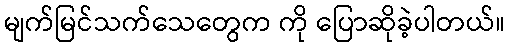
မျက်မြင်သက်သေတွေက ကို ပြောဆိုခဲ့ပါတယ်။